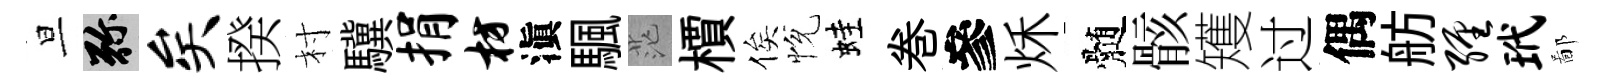
旦弥矣揆村驥捐枋滇颿茫檟俟恱蛙巻參秌髄骸矱过偶舫缠玳鄙